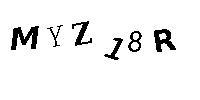
MYZ18R